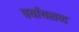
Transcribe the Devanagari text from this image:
पर्यायशब्द